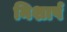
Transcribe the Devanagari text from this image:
निशार्ष